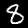
Label: 8